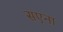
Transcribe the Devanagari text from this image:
सएना